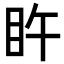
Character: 𥄭